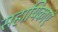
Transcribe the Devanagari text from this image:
सहायिकाएं